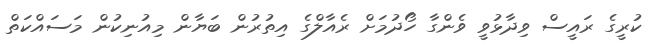
ކުރީގެ ރައީސް ވިދާޅުވީ ވެންގާ ހޯދުމަށް ރެއާލްގެ އިތުރުން ބަޔާން މިއުނިކުން މަސައްކަތް